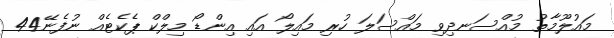
މައުލޫމާތު މުއްސަނދިވި މައްސަލަ ހުރި މައިލޯ އައި އިންޑޯ މިލްކް ޕެކެޓެއް ނުފެނޭ44